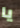
يا